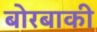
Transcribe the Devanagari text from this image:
बोरबाकी